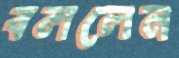
বললেন